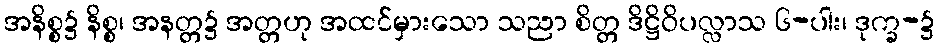
အနိစ္စ၌ နိစ္စ၊ အနတ္တ၌ အတ္တဟု အထင်မှားသော သညာ စိတ္တ ဒိဋ္ဌိဝိပလ္လာသ ၆-ပါး၊ ဒုက္ခ-၌